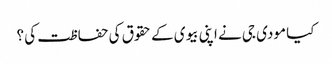
کیا مودی جی نے اپنی بیوی کے حقوق کی حفاظت کی ؟